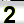
Digit: 2